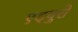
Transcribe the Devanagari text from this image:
एड्‌युरो